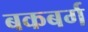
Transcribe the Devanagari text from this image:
बकबर्ग